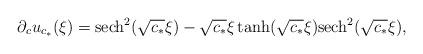
LaTeX: \begin{align*}\partial_c u_{c_*}(\xi) = {\rm sech}^2(\sqrt{c_*} \xi) - \sqrt{c_*} \xi \tanh(\sqrt{c_*} \xi) {\rm sech}^2(\sqrt{c_*} \xi),\end{align*}